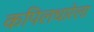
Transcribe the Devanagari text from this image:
कपिलधारेला